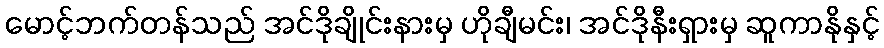
မောင့်ဘက်တန်သည် အင်ဒိုချိုင်းနားမှ ဟိုချီမင်း၊ အင်ဒိုနီးရှားမှ ဆူကာနိုနှင့်